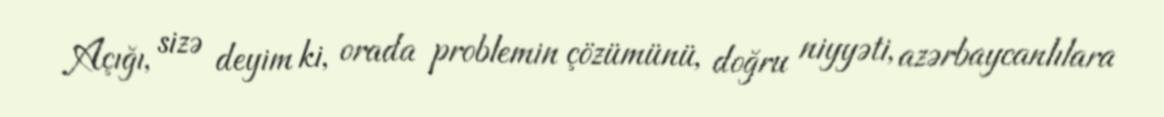
Açığı, sizə deyim ki, orada problemin çözümünü, doğru niyyəti, azərbaycanlılara